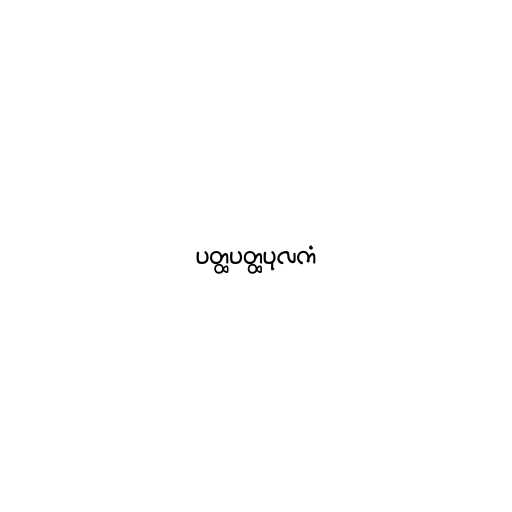
ပတ္ထပတ္ထပုလကံ